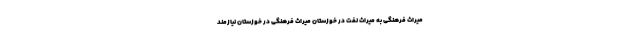
میراث فرهنگی به میراث نفت در خوزستان میراث فرهنگی در خوزستان نیازمند